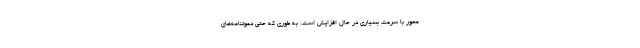
محور با سرعت بسیاری در حال افزایش است. به طوری که حتی دعوتنامه‌های